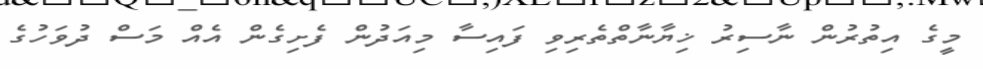
މީގެ އިތުރުން ނާސިރު ޚިޔާނާތްތެރިވި ފައިސާ މިއަދުން ފެށިގެން އެއް މަސް ދުވަހުގެ